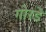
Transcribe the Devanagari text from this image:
गोरडे